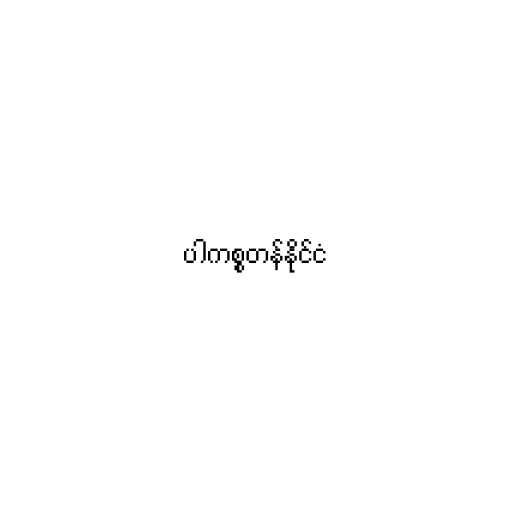
ပါကစ္စတန်နိုင်ငံ